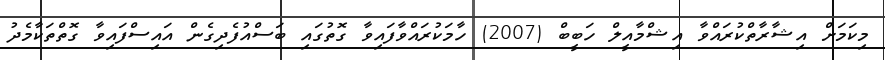
މިކަމަށް އިޝާރާތްކުރައްވާ އިޝްމާއީލް ހަބީބް (2007) ހާމަކުރައްވާފައިވާ ގޮތުގައި ބަސްއުފެދިގެން އައިސްފައިވާ ގޮތްތަކާމެދު